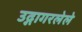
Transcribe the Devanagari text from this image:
उद्गागरलेले